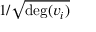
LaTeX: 1 / { \sqrt { \deg ( v _ { i } ) } }